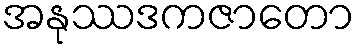
အနုဿဒကဇာတော